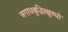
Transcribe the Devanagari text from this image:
अगाधबुद्धिरक्षुब्धो